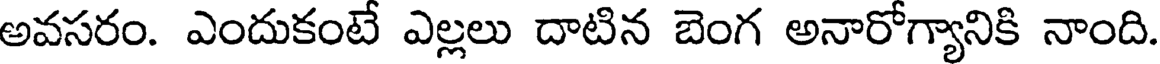
అవసరం. ఎందుకంటే ఎల్లలు దాటిన బెంగ అనారోగ్యానికి నాంది